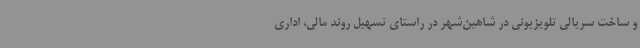
و ساخت سریالی تلویزیونی در شاهین‌شهر در راستای تسهیل روند مالی، اداری